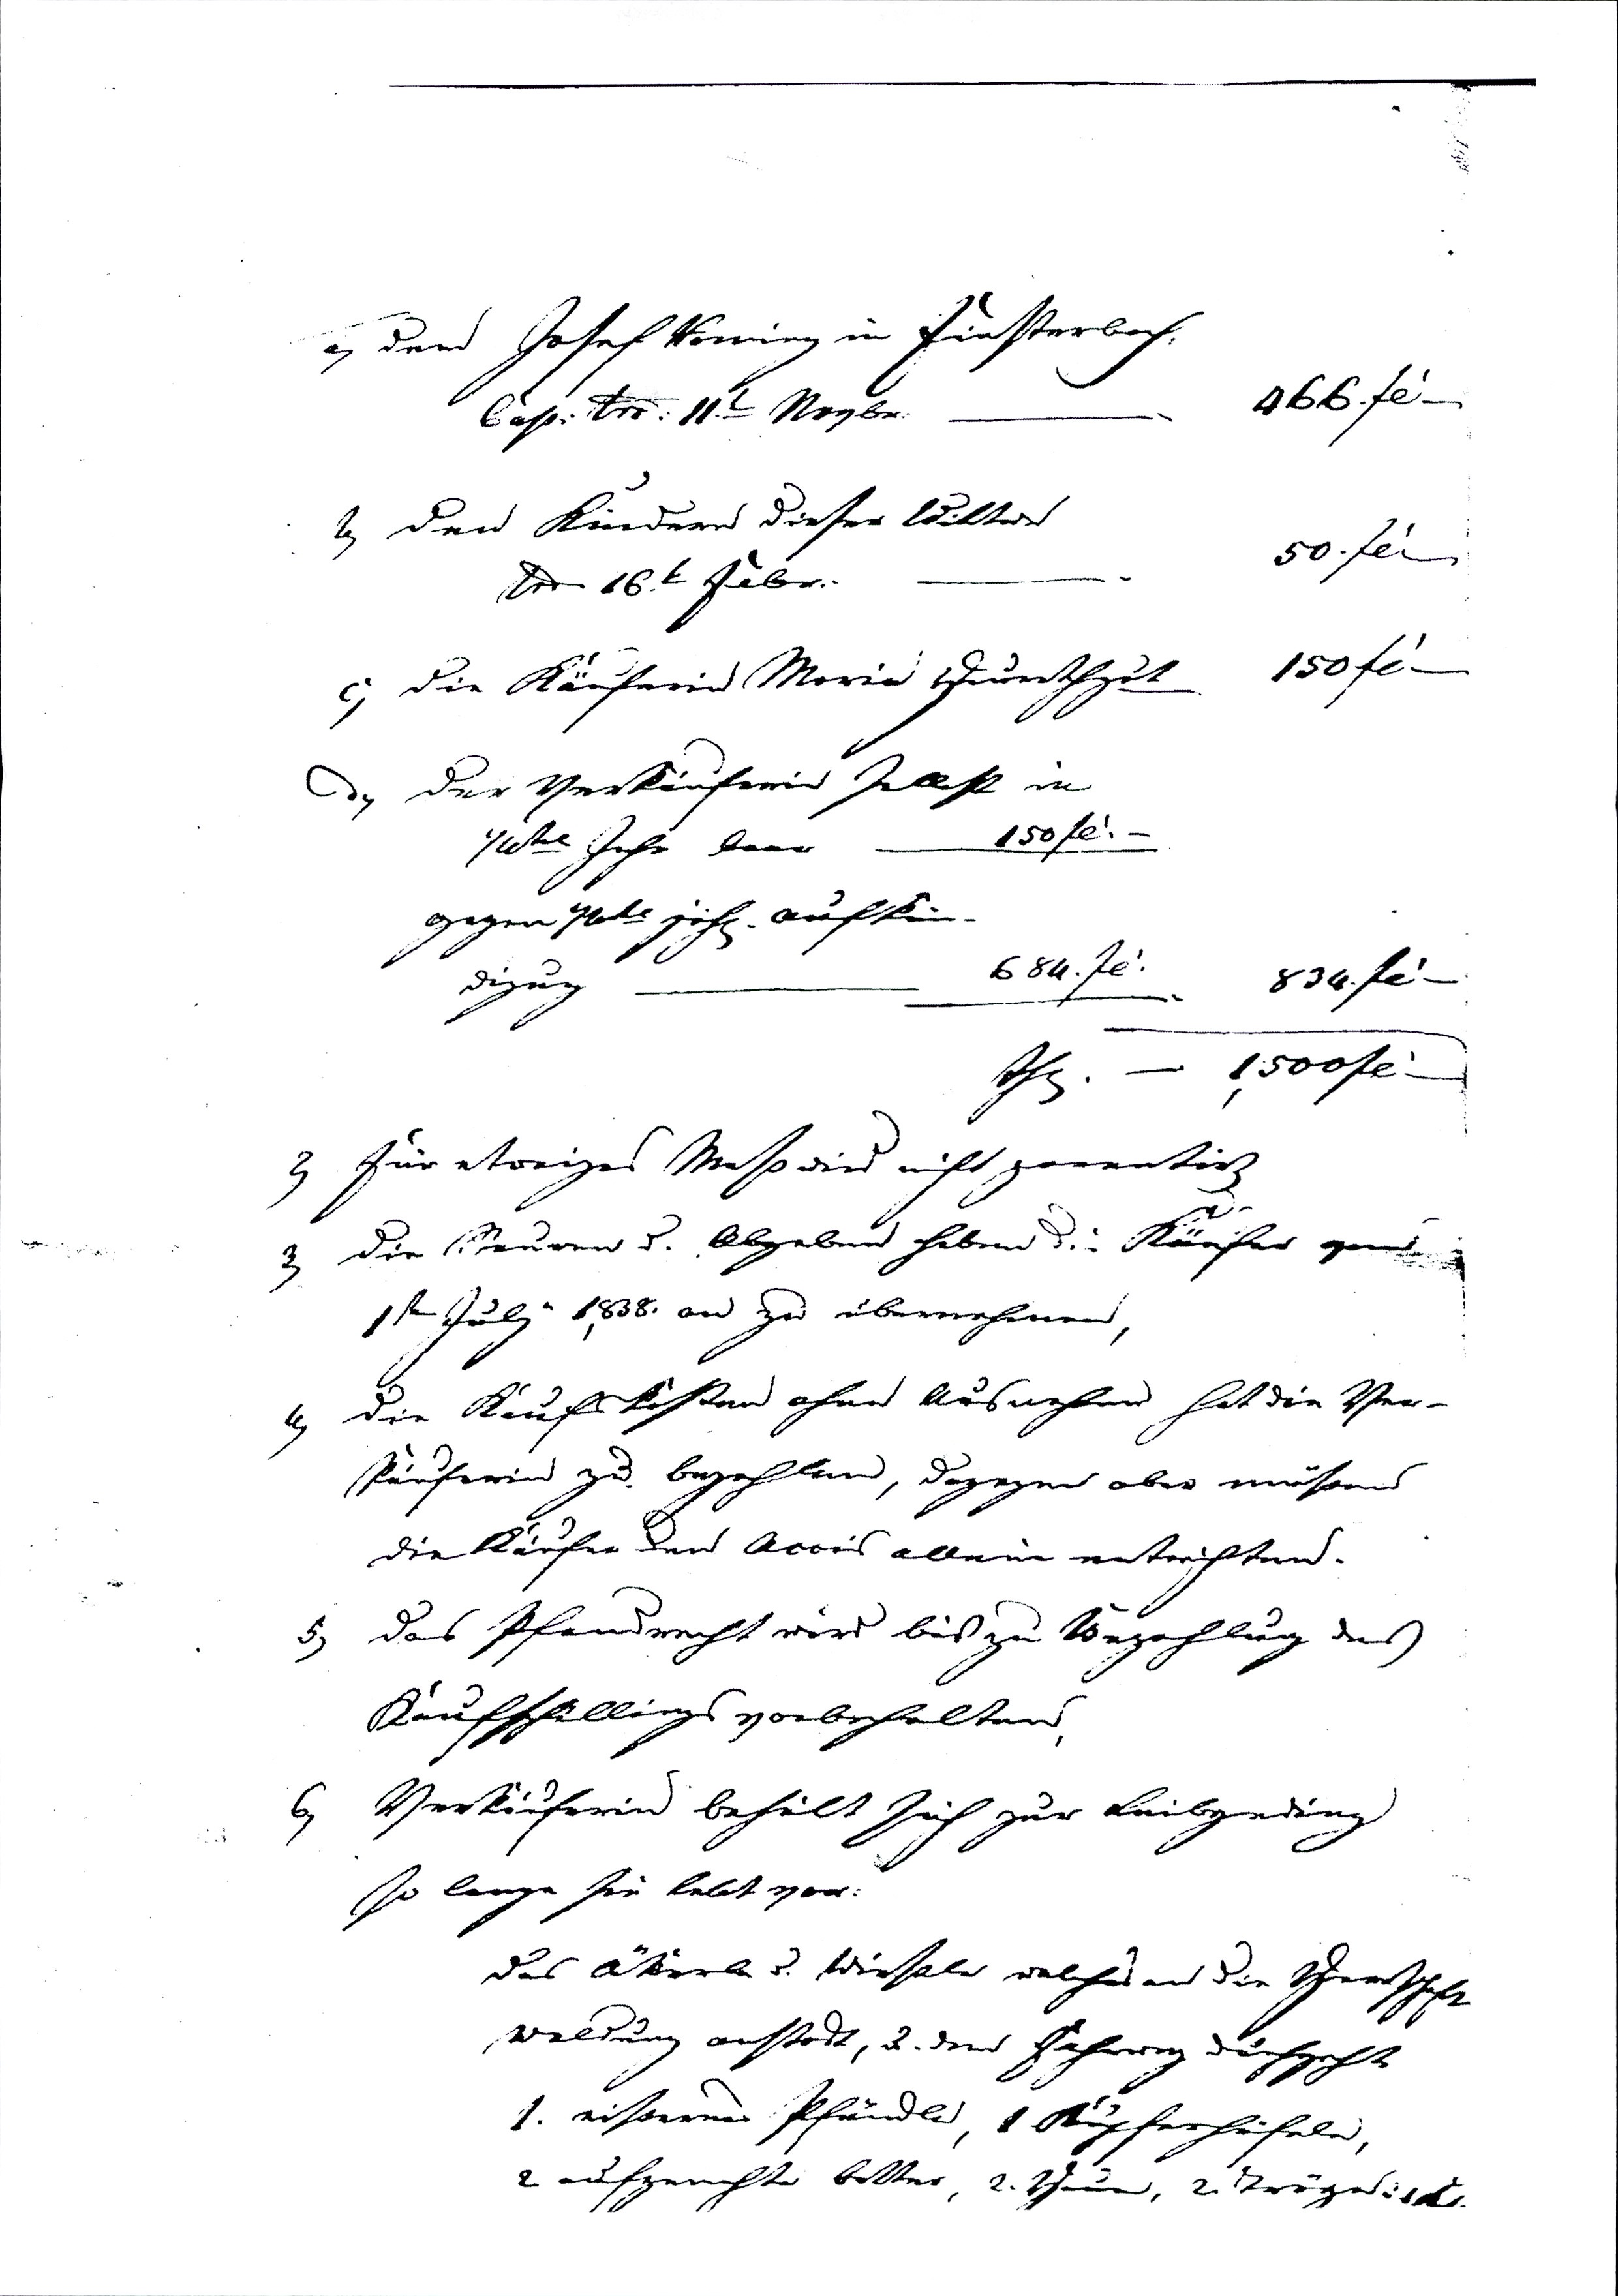
a) der Josef Roming in Finsterbach:
Cop: dto: 11t Novbr: — 466 fl —
b) den Kindern dieser Wittwe
dto. 16t  Feber: — .50. fl —
c) die Käuferin Maria Heurathgut — 150 fl —
d) der Verkäuferin selbst in
¼tel Jahr baar 150 fl —
gegen ¼tl jäh. Aufkün¬
digung — 684 fl 	834 fl —
th. — 1,500 fl —
2) Für etwaiges Maß wird nicht garantirt
3) die Steuern u. Abgaben haben die Käufer vom
1ten July 1838. an zu übernehmen,
4) die Kaufskosten ohne Ausnahme hat die Ver¬
käuferin zu bezahlen, dagegen aber müßen
die Käufer den Accis allein entrichten.
5) das Pfandrecht wird bis zu Bezahlung des
Kaufschillings vorbehalten,
6) Verkäuferin behält sich zur Leibgeding
so lange sie lebt vor:
das Äkerle u. Wiesele welches an die Herrschaft
Waldung anstost, u. den Fahrweg durchgeht
1. eisernes Pfändle, 1 Kupferhäfele,
2 aufgehte better, 2. H, 2 Tröge